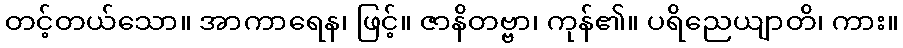
တင့်တယ်သော။ အာကာရေန၊ ဖြင့်။ ဇာနိတဗ္ဗာ၊ ကုန်၏။ ပရိညေယျာတိ၊ ကား။